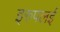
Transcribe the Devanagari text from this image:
इरुपलई